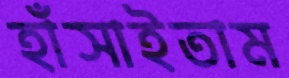
হাঁসাইতাম